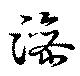
澡